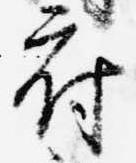
府